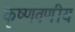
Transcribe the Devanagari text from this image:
कृष्णवणीय